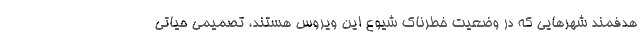
هدفمند شهرهایی که در وضعیت خطرناک شیوع این ویروس هستند، تصمیمی حیاتی